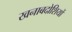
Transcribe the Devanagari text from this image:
खनाबदोशियों